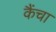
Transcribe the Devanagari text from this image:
कैंचा